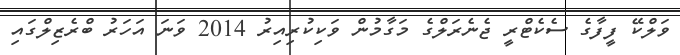
ވަލްކޭ ފީފާގެ ސެކެޓްރީ ޖެނެރަލްގެ މަގާމުން ވަކިކުރިއިރު 2014 ވަނަ އަހަރު ބްރެޒިލްގައި